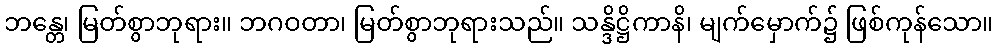
ဘန္တေ၊ မြတ်စွာဘုရား။ ဘဂဝတာ၊ မြတ်စွာဘုရားသည်။ သန္ဒိဋ္ဌိကာနိ၊ မျက်မှောက်၌ ဖြစ်ကုန်သော။